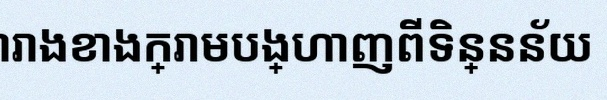
តារាងខាងក្រោមបង្ហាញពីទិន្នន័យ